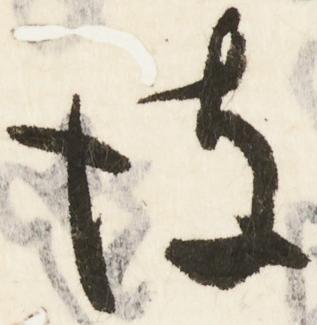
詖